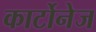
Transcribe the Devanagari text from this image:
कार्टोनेज